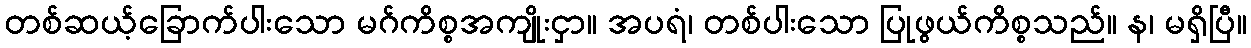
တစ်ဆယ့်ခြောက်ပါးသော မဂ်ကိစ္စအကျိုးငှာ။ အပရံ၊ တစ်ပါးသော ပြုဖွယ်ကိစ္စသည်။ န၊ မရှိပြီ။